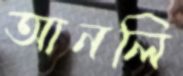
আনলি